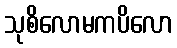
သုစိလောမကပိလော